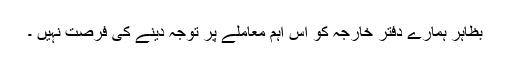
بظاہر ہمارے دفتر خارجہ کو اس اہم معاملے پر توجہ دینے کی فرصت نہیں ۔